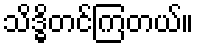
သိဒ္ဓိတင်ကြတယ်။